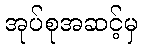
အုပ်စုအဆင့်မှ